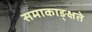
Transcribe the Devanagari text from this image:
समाकाङ्क्षते